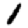
Digit: 1